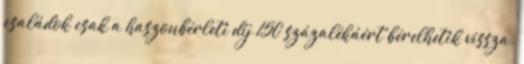
családok csak a haszonbérleti díj 150 százalékáért bérelhetik vissza.